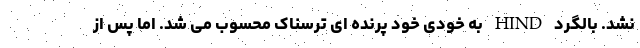
نشد. بالگرد HIND به خودی خود پرنده ای ترسناک محسوب می شد. اما پس از